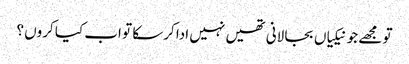
تو مجھے جو نیکیاں بجا لانی تھیں نہیں ادا کرسکا تو اب کیا کروں ؟